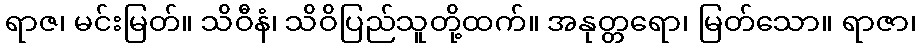
ရာဇ၊ မင်းမြတ်။ သိဝီနံ၊ သိဝိပြည်သူတို့ထက်။ အနုတ္တရော၊ မြတ်သော။ ရာဇာ၊